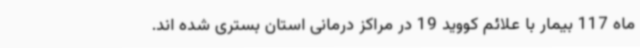
ماه 117 بیمار با علائم کووید 19 در مراکز درمانی استان بستری شده اند.